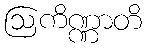
ဩကိဏ္ဏာတိ